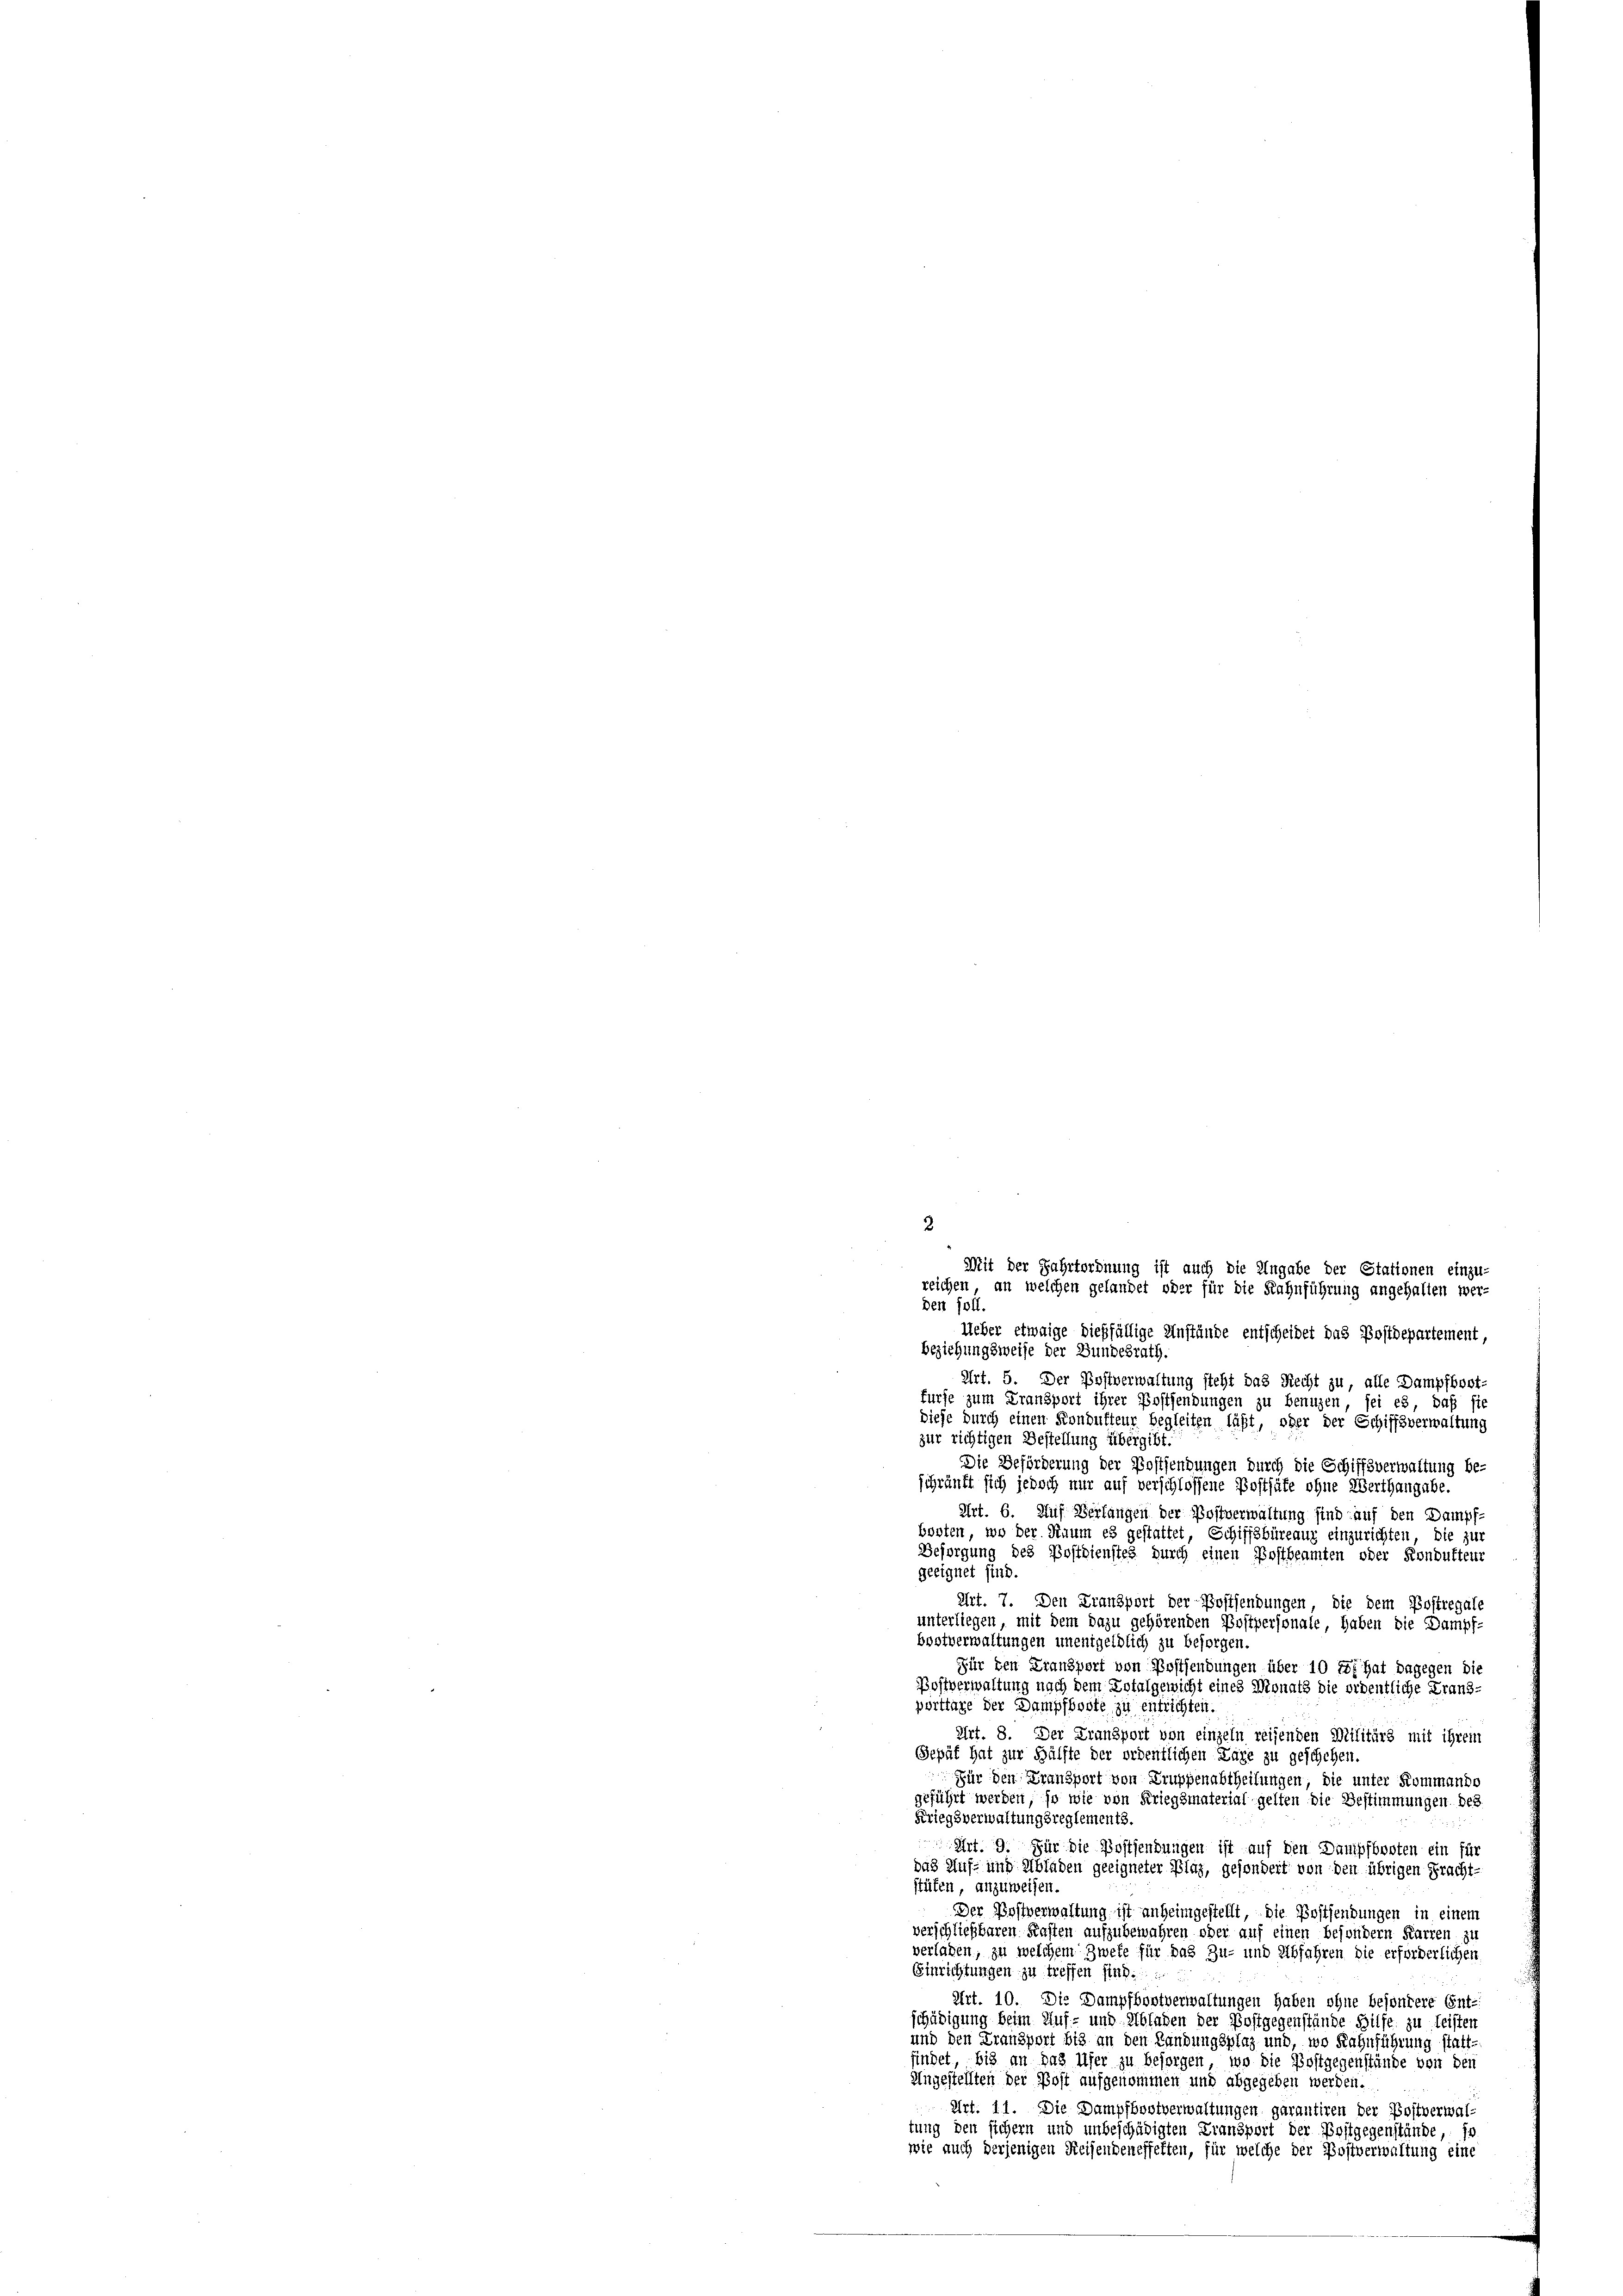
2
Mit der Fahrfordnung ist auch die Angabe der Stationen einzu-
reichen, an welchen gelandet oder für die Kahnführung angehalten wer-
den soll.

Ueber etwaige dießfällige Anstände entscheidet das Postdepartement,
Beziehungsweise der Bundesrath.
Art. 5. Der Postverwaltung steht das Recht zu, alle Dampfboot-
fürfe zum Fransport ihrer Postsendungen zu benuzen, sei es, daß sie
diese durch einen Kondutteur begleiten läßt, oder der Schiffsverwaltung
zur richtigen Bestellung übergibt.
Die Beförderung der Postsendungen durch die Schiffsverwaltung be-
schränkt sich jedoch nur auf verschlossene Posthäte ohne Werthangabe.
Art. 6. Auf Verfangen der Postverwaltung sind auf den Dampf-
borten, wo der Raum es gestattet, Schiffsbüreaus einzurichten, die zur
Besorgung des Postdienstes durch einen Postbeamten oder Kondufteur
geeignet sind.
Art. 7. Den Fransport der Postsendungen, die dem Postregal
unterliegen mit dem dazu gehörenden Postpersonale, haben die Dampf-
bootverwaltungen unentgeldlich zu besorgen.
Für den Fransport von Postsendungen über 10 181 hat dagegen die
Bostverwaltung nach dem Totalgewicht eines Monats die ordentliche Franz-
porttage der Dampfboote zu entrichten.
Art. 8. Der Fransport von einzeln reisenden Militärs mit ihrem
Gepät hat zur Hälfte der ordentlichen Lage zu geschehen.
Für den Fransport von Truppenabtheilungen, die unter Kommando
geführt werden, so wie von Kriegsmaterial gelten die Bestimmungen des
Kriegsverwaltungsreglements.
Art. 9. Für die Postsendungen ist auf den Dampfbooten ein für
das Auf- und Abladen geeigneter Plaz, gesondert von den übrigen Pracht-
stäten, anzuweisen.
Der Postverwaltung ist anheimgestellt, die Postsendungen in einem
verschließbaren Kasten aufzubewahren oder auf einen besondern Karren zu
verlaben, zu welchem Zweke für das Zu- und Abfahren die erforderlichen
Einrichtungen zu treffen sind.
Art. 10. Die Dampfbontverwaltungen haben ohne besondere Ent-
schädigung beim Auf- und Abladen der Postgegenstände Hilfe zu leisten
und den Fransport bis an den Landungsplaz und, wo Rahnführung statt.
findet bis an das Ufer zu besorgen, wo die Postgegenstände von den
Angestellten der Post aufgenommen und abgegeben werden.
Art. 11. Die Dampfbootverwaltungen garantiren der Postverwaltung den sichern und unbeschädigten Fransport der Postgegenstände, in
wie auch derjenigen Reisendeneffelten, für welche der Postverwaltung eine